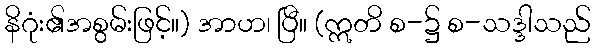
နိဂုံး၏အစွမ်းဖြင့်။) အာဟ၊ ပြီ။ (ဣတိ စ-၌ စ-သဒ္ဒါသည်